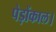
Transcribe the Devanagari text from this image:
पेड़ोंकाल।